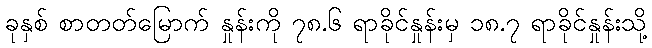
ခုနှစ် စာတတ်မြောက် နှုန်းကို ၇၈.၆ ရာခိုင်နှုန်းမှ ၁၈.၇ ရာခိုင်နှုန်းသို့